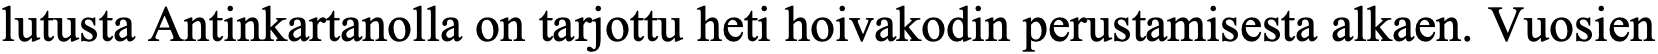
lutusta Antinkartanolla on tarjottu heti hoivakodin perustamisesta alkaen. Vuosien